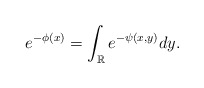
\begin{align*}e^{-\phi(x)} = \int_{\mathbb R} e^{-{\psi}(x,y)} dy.\end{align*}